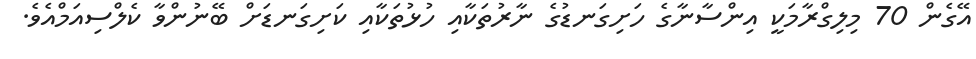
އޭގެން 70 މިލިގްރާމަކީ އިންސާނާގެ ހަށިގަނޑުގެ ނާރުތަކާއި ހުޅުތަކާއި ކަށިގަނޑަށް ބޭނުންވާ ކެލްސިއަމްއެވެ.